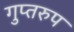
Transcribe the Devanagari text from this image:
गुप्तरुप